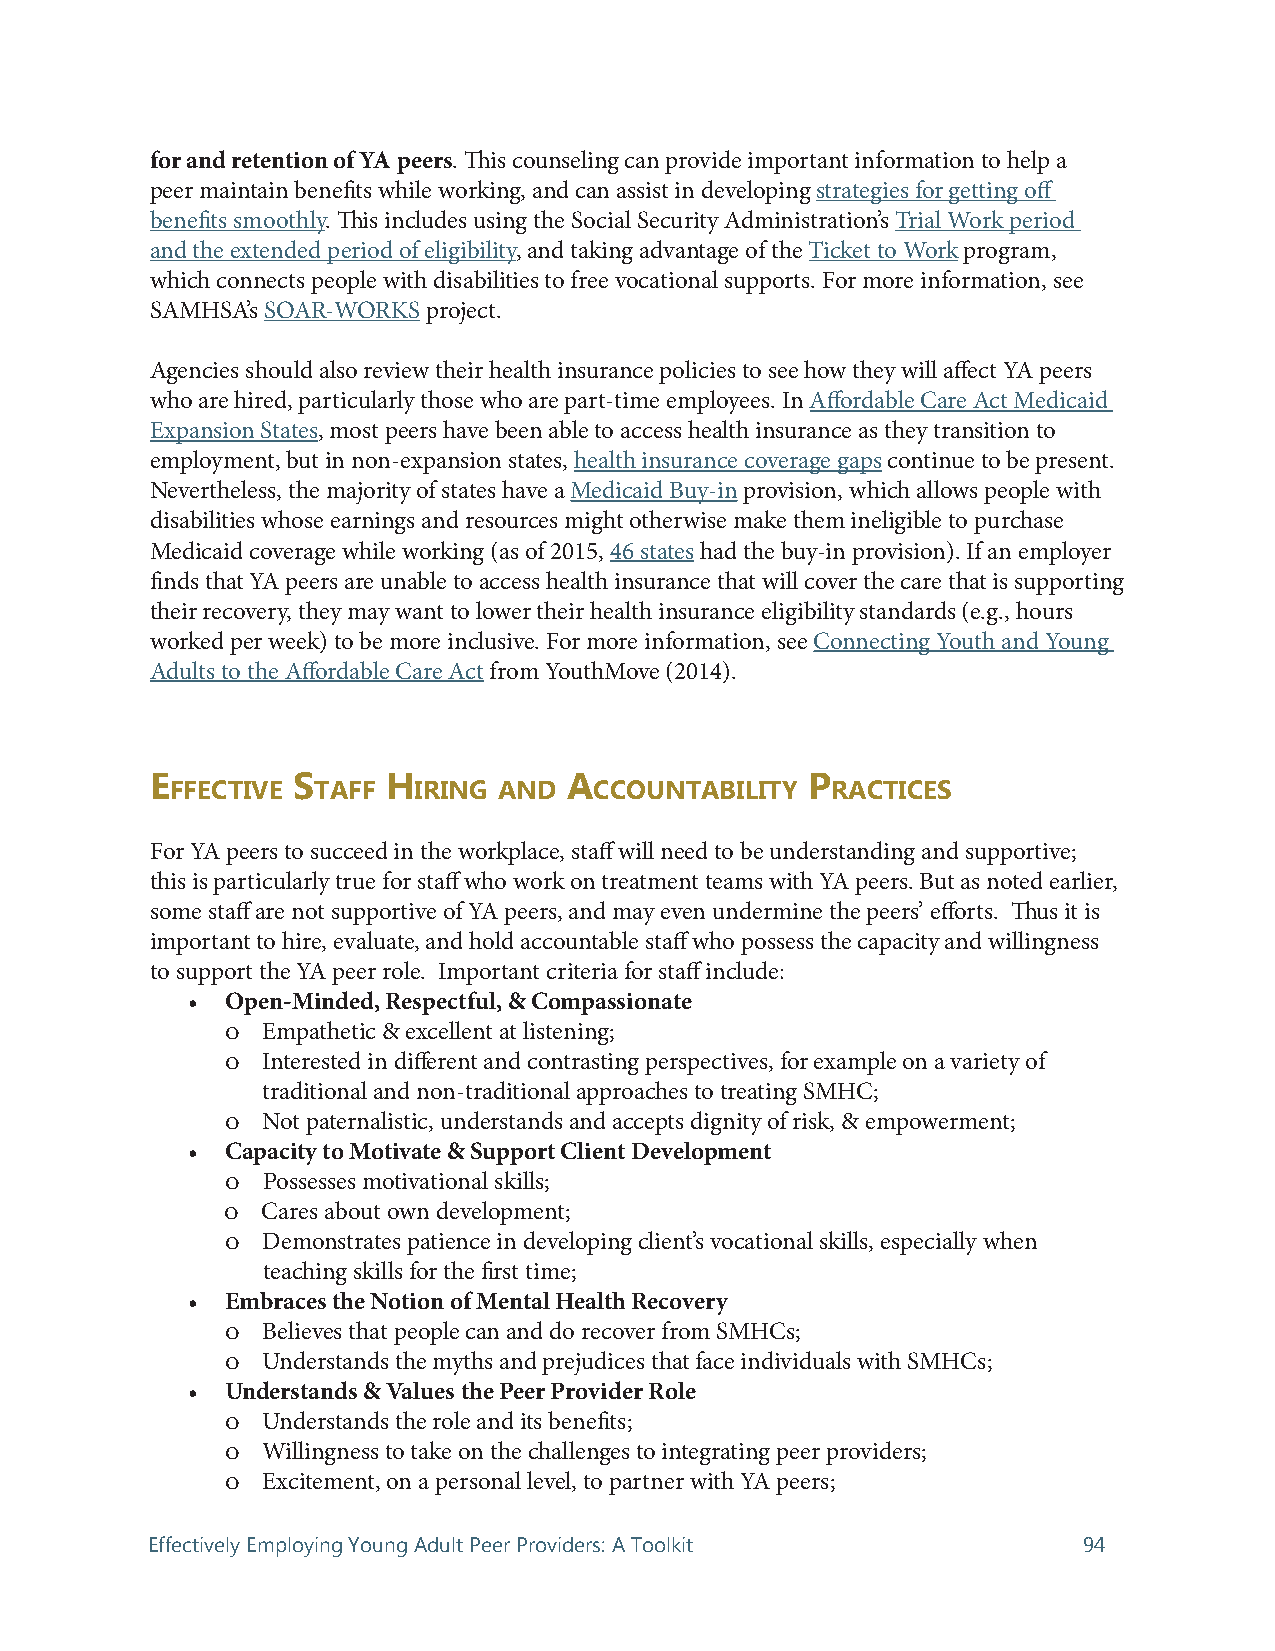
for and retention of YA peers. Th is counseling can provide important information to help a
 peer maintain benefi ts while working, and can assist in developing strategies for getting off
 benefi ts smoothly. Th is includes using the Social Security Administration’s Trial Work period
 and the extended period of eligibility, and taking advantage of the Ticket to Work program,
 which connects people with disabilities to free vocational supports. For more information, see
 SAMHSA’s SOAR-WORKS project.
 Agencies should also review their health insurance policies to see how they will aff ect YA peers
 who are hired, particularly those who are part-time employees. In Aff ordable Care Act Medicaid
 Expansion States, most peers have been able to access health insurance as they transition to
 employment, but in non-expansion states, health insurance coverage gaps continue to be present.
 Nevertheless, the majority of states have a Medicaid Buy-in provision, which allows people with
 disabilities whose earnings and resources might otherwise make them ineligible to purchase
 Medicaid coverage while working (as of 2015, 46 states had the buy-in provision). If an employer
 fi nds that YA peers are unable to access health insurance that will cover the care that is supporting
 their recovery, they may want to lower their health insurance eligibility standards (e.g., hours
 worked per week) to be more inclusive. For more information, see Connecting Youth and Young
 Adults to the Aff ordable Care Act from YouthMove (2014).
 E        S      H           A              P
 FFECTIVE  TAFF  IRING AND   CCOUNTABILITY   RACTICES
 For YA peers to succeed in the workplace, staff will need to be understanding and supportive;
 this is particularly true for staff who work on treatment teams with YA peers. But as noted earlier,
 some staff are not supportive of YA peers, and may even undermine the peers’ eff orts. Th us it is
 important to hire, evaluate, and hold accountable staff who possess the capacity and willingness
 to support the YA peer role. Important criteria for staff include:
 •  Open-Minded, Respectful, & Compassionate
 o Empathetic & excellent at listening;
 o Interested in diff erent and contrasting perspectives, for example on a variety of
 traditional and non-traditional approaches to treating SMHC;
 o Not paternalistic, understands and accepts dignity of risk, & empowerment;
 •  Capacity to Motivate & Support Client Development
 o Possesses motivational skills;
 o Cares about own development;
 o Demonstrates patience in developing client’s vocational skills, especially when
 teaching skills for the fi rst time;
 •  Embraces the Notion of Mental Health Recovery
 o Believes that people can and do recover from SMHCs;
 o Understands the myths and prejudices that face individuals with SMHCs;
 •  Understands & Values the Peer Provider Role
 o Understands the role and its benefi ts;
 o Willingness to take on the challenges to integrating peer providers;
 o Excitement, on a personal level, to partner with YA peers;
 Effectively Employing Young Adult Peer Providers: A Toolkit   94